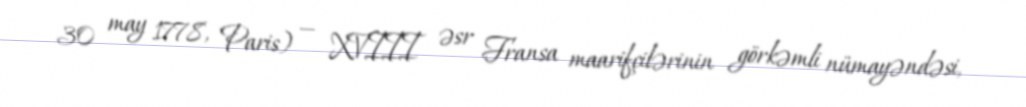
30 may 1778, Paris) — XVIII əsr Fransa maarifçilərinin görkəmli nümayəndəsi,